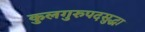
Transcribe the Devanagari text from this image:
कुलगुरुपदसुद्धा